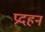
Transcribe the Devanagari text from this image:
प्रदहन